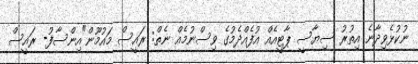
ނުކުޅެވިދާނެ އިތުރު ސިޔާސީ ޕާޓީއެއް އުފެއްދެމުގެ ވިސްނުމެއް ނެތް: ރައީސް މައުމޫން"އިންސާފު- ރައީސް